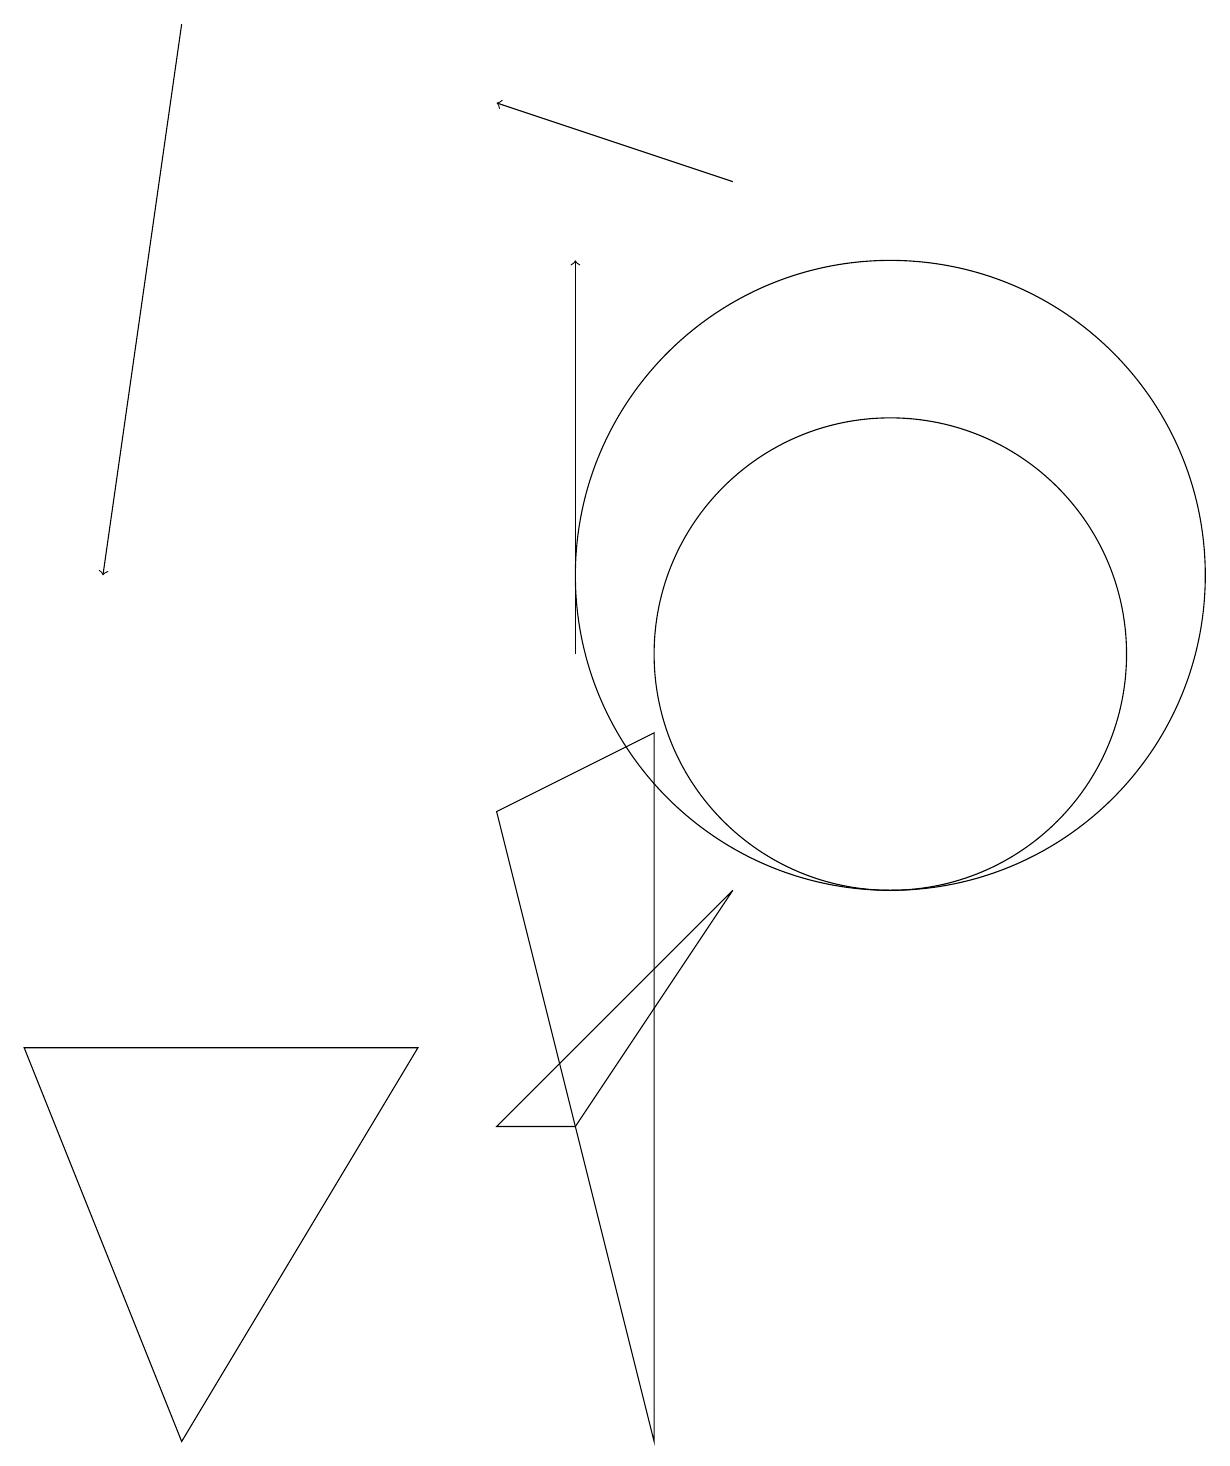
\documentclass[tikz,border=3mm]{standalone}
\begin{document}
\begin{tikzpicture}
\draw[->] (2,18) -- (1,11);
\draw (9,7) -- (6,4) -- (7,4) -- cycle;
\draw (11,10) circle (3);
\draw (11,11) circle (4);
\draw (8,9) -- (8,0) -- (6,8) -- cycle;
\draw (2,0) -- (5,5) -- (0,5) -- cycle;
\draw[->] (7,10) -- (7,15);
\draw[->] (9,16) -- (6,17);
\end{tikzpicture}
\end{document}